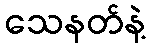
သေနတ်နဲ့